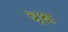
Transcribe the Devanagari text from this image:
व्रृक्ष